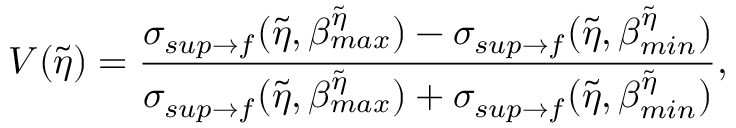
V ( \tilde { \eta } ) = \frac { \sigma _ { s u p \rightarrow f } ( \tilde { \eta } , \beta _ { m a x } ^ { \tilde { \eta } } ) - \sigma _ { s u p \rightarrow f } ( \tilde { \eta } , \beta _ { m i n } ^ { \tilde { \eta } } ) } { \sigma _ { s u p \rightarrow f } ( \tilde { \eta } , \beta _ { m a x } ^ { \tilde { \eta } } ) + \sigma _ { s u p \rightarrow f } ( \tilde { \eta } , \beta _ { m i n } ^ { \tilde { \eta } } ) } ,